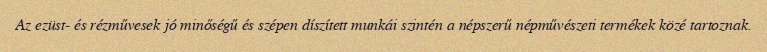
Az ezüst- és rézművesek jó minőségű és szépen díszített munkái szintén a népszerű népművészeti termékek közé tartoznak.